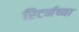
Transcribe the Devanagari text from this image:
रिटर्नच्या